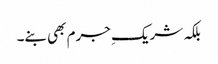
بلکہ شریکِ جرم بھی بنے۔